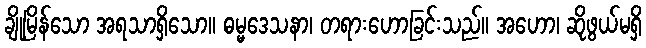
ချိုမြိန်သော အရသာရှိသော။ ဓမ္မဒေသနာ၊ တရားဟောခြင်းသည်။ အဟော၊ ဆိုဖွယ်မရှိ